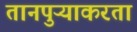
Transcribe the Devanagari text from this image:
तानपुऱ्याकरता